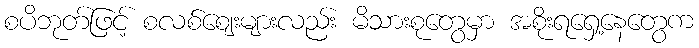
စပိဘုတ်ဖြင့် စလစ်ဈေးများလည်း မိသားစုတွေမှာ အစိုးရရှေ့နေတွေက